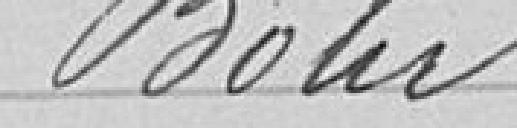
Bohr           70